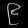
Digit: ၉